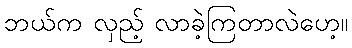
ဘယ်က လှည့် လာခဲ့ကြတာလဲဟေ့။